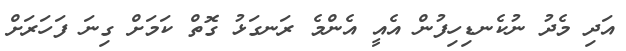
އަދި މެދު ނުކެނޑިހިފުން އެއީ އެންމެ ރަނގަޅު ގޮތް ކަމަށް ގިނަ ފަހަރަށް